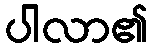
ပါလာ၏